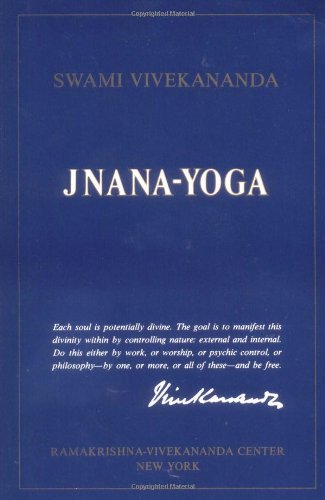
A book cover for Jnana-Yoga; Swami Vivekananda; Religion & Spirituality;